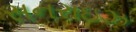
સનરાઇઝ